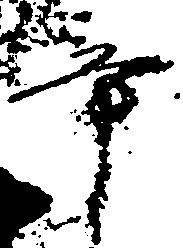
辛